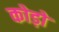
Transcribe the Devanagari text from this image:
कोड़ो